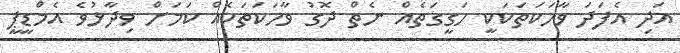
އަދި އެފަދަ ވާހަކަތަކަކީ ހަގީގަތެއް ނެތް ދޮގު ވާހަކަތަކެއް ކަމަށް ވިދާޅުވެ އެމްޑީޕީ